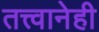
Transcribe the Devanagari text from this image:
तत्त्वानेही